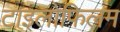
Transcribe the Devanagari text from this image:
टाइलोफिलम